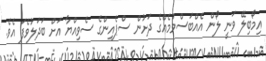
އިމޯބިލޭ ވަނީ ލޯން އެއްބަސްވުމެއްގެ ދަށުން ސްޕެއިންގެ ސެވިއްޔާ އަށް ބަދަލުވެފަ އެވެ.